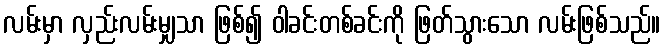
လမ်းမှာ လှည်းလမ်းမျှသာ ဖြစ်၍ ဝါခင်းတစ်ခင်းကို ဖြတ်သွားသော လမ်းဖြစ်သည်။